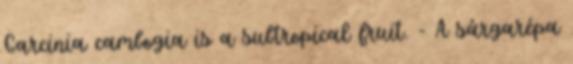
Garcinia cambogia is a subtropical fruit. - A sárgarépa